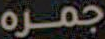
جمره